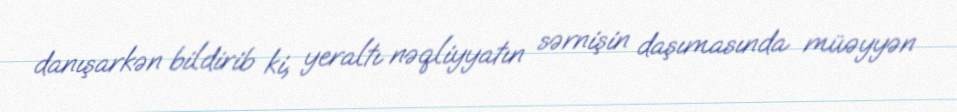
danışarkən bildirib ki, yeraltı nəqliyyatın sərnişin daşımasında müəyyən